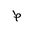
Letter: _da